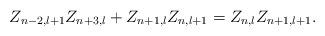
LaTeX: \begin{align*}Z_{n-2,l+1}Z_{n+3,l}+Z_{n+1,l}Z_{n,l+1}=Z_{n,l}Z_{n+1,l+1}.\end{align*}